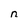
Character: n